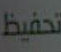
تحفيظ